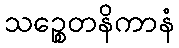
သဉ္စေတနိကာနံ